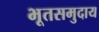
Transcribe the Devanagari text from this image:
भूतसमुदाय